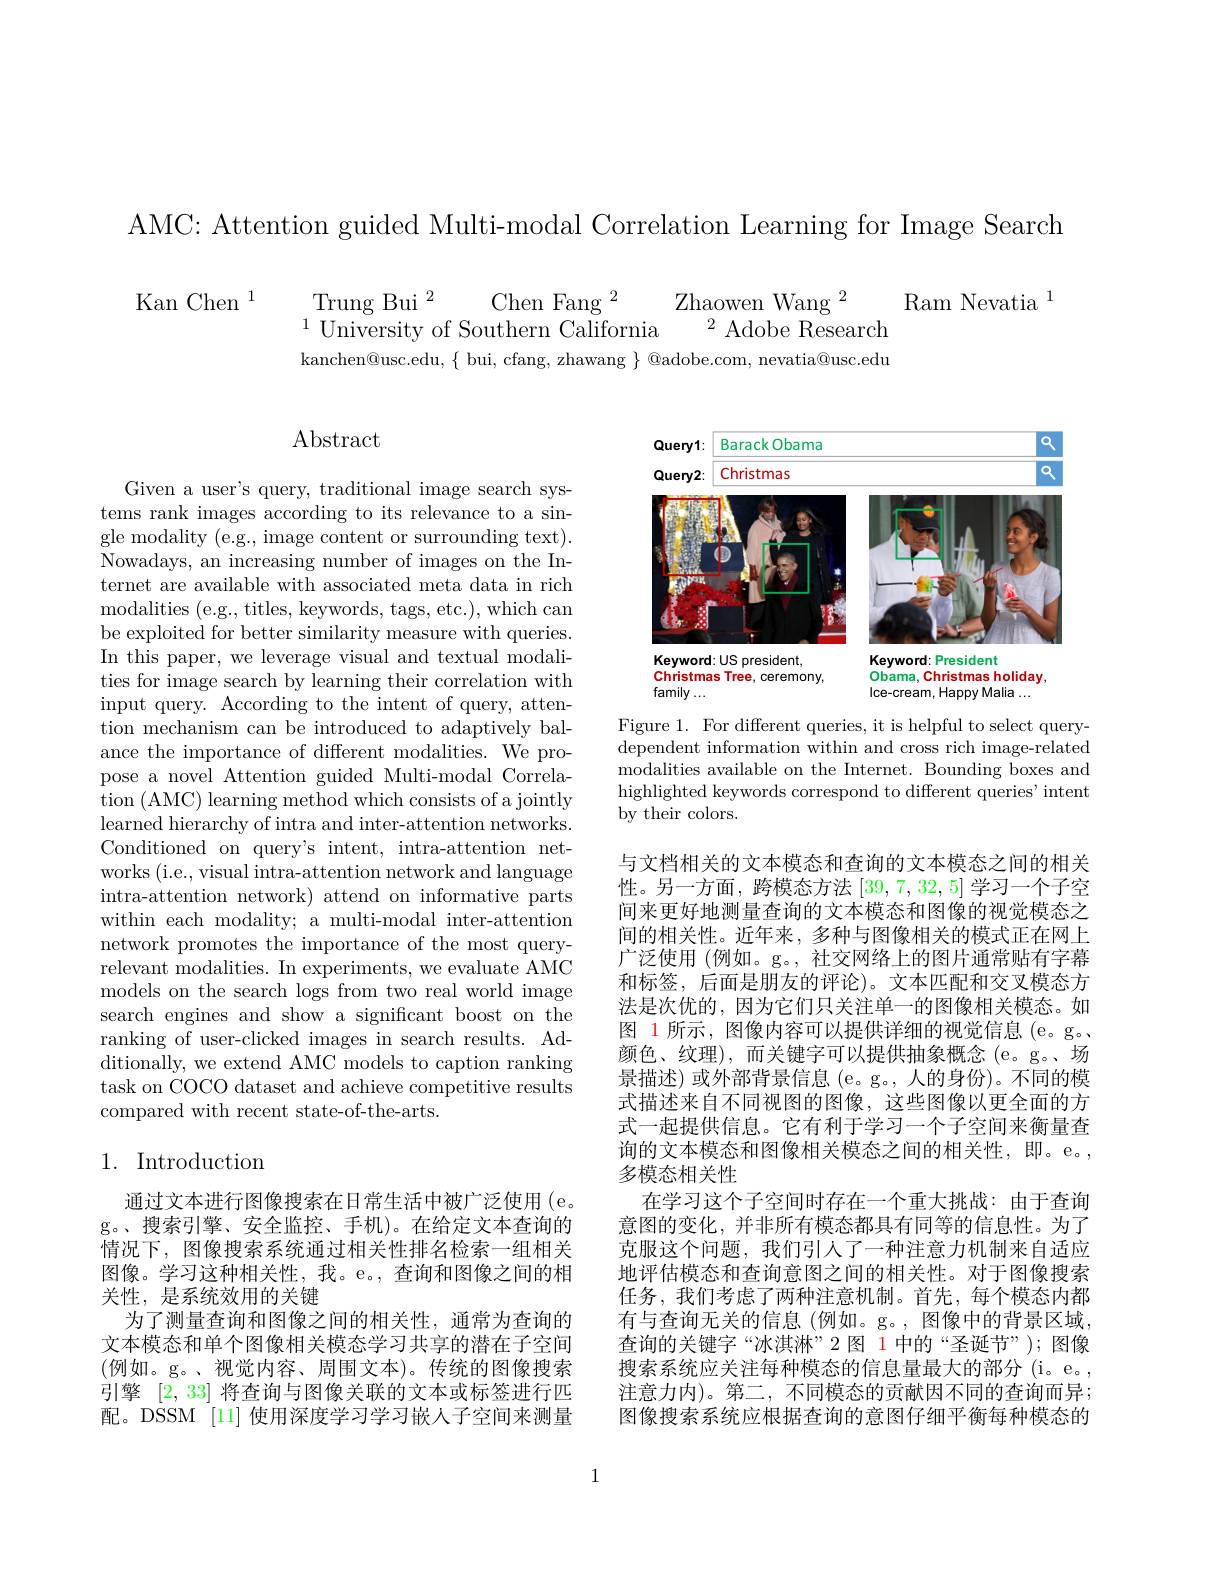
AMC: Attention guided Multi-modal Correlation Learning for Image Search

$\mathrm{Kan~Chen~}^{1}$

Trung Bui $^2$
Zhaowen Wang $^{2}$
Chen Fang $^2$
Ram Nevatia $^{1}$
$^{1}$University of Southern California
$^{2}$ Adobe Research
kanchen@usc.edu, $\{$ bui, cfang, zhawang $\}$ @adobe.com, nevatia@usc.edu

# $\operatorname{Abstract}$

Given a user's query, traditional image search systems rank images according to its relevance to a single modality (e.g., image content or surrounding text). $\bar{\text{Nowadays, an increasing number of images on the In-}}$ ternet are available with associated meta data in rich modalities ( e. g. , titles, keywords, tags, etc. ) , which can be exploited for better similarity measure with queries. In this paper, we leverage visual and textual modalities for image search by learning their correlation with input query. According to the intent of query, attention mechanism can be introduced to adaptively balance the importance of different modalities. We propose a novel Attention guided Multi-modal Correlation (AMC) learning method which consists of a jointly learned hierarchy of intra and inter-attention networks. Conditioned on query's intent, intra-attention networks (i.e., visual intra-attention network and language intra-attention network) attend on informative parts within each modality; a multi-modal inter-attention network promotes the importance of the most queryrelevant modalities. In experiments, we evaluate AMC models on the search logs from two real world image search engines and show a significant boost on the ranking of user-clicked images in search results. Additionally, we extend AMC models to caption ranking task on COCO dataset and achieve competitive results compared with recent state-of-the-arts.

## 1. Introduction

通过文本进行图像搜索在日常生活中被广泛使用(e。g。、搜索引擎、安全监控、手机)。在给定文本查询的情况下，图像搜索系统通过相关性排名检索一组相关图像。学习这种相关性，我。e。, 查询和图像之间的相关性，是系统效用的关键
为了测量查询和图像之间的相关性，通常为查询的文本模态和单个图像相关模态学习共享的潜在子空间(例如。g。、视觉内容、周围文本)。传统的图像搜索引擎 [2,33] 将查询与图像关联的文本或标签进行匹配。DSSM [11] 使用深度学习学习嵌人子空间来测量

<FigureHere>

Figure 1. For different queries, it is helpful to select querydependent information within and cross rich image-related modalities available on the Internet. Bounding boxes and highlighted keywords correspond to different queries' intent by their colors.

与文档相关的文本模态和查询的文本模态之间的相关性。另一方面，跨模态方法[39,7,32,5]学习一个子空间来更好地测量查询的文本模态和图像的视觉模态之间的相关性。近年来，多种与图像相关的模式正在网上广泛使用 (例如。g。, 社交网络上的图片通常贴有字幕和标签，后面是朋友的评论)。文本匹配和交叉模态方法是次优的，因为它们只关注单一的图像相关模态。如图 1 所示，图像内容可以提供详细的视觉信息 (e。g。颜色、纹理),而关键字可以提供抽象概念(e。g。场景描述)或外部背景信息(e。g。,人的身份)。不同的模式描述来自不同视图的图像，这些图像以更全面的方式一起提供信息。它有利于学习一个子空间来衡量查询的文本模态和图像相关模态之间的相关性，即。e。, 多模态相关性
在学习这个子空间时存在一个重大挑战：由于查询意图的变化，并非所有模态都具有同等的信息性。为了克服这个问题，我们引人了一种注意力机制来自适应地评估模态和查询意图之间的相关性。对于图像搜索任务，我们考虑了两种注意机制。首先，每个模态内都有与查询无关的信息(例如。g。,图像中的背景区域， 查询的关键字“冰淇淋”2 图 1 中的“圣诞节”); 图像搜索系统应关注每种模态的信息量最大的部分 (i。e。, 注意力内)。第二，不同模态的贡献因不同的查询而异； 图像搜索系统应根据查询的意图仔细平衡每种模态的

1